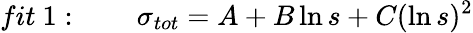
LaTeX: fit\ 1:\qquad\sigma_{tot}=A+B\ln s+C(\ln s)^{2}